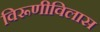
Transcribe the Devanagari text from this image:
विरूणीविलास